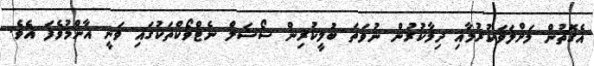
އެގޮތުން މަށްލަވަކުރުމާއި ދިމާކުރުން ނުވަތަ ބުލީކުރިން ސޯޝަލް ނެޓްވޯކްތަކުގައި ވަނީ އާންމުވެފަ އެވެ.